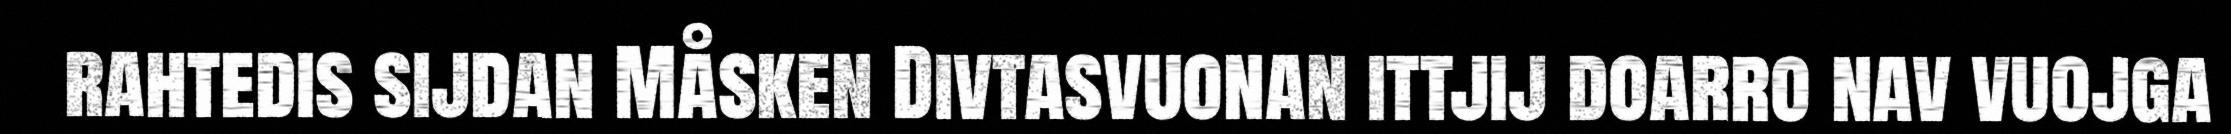
rahtedis sijdan Måsken Divtasvuonan ittjij doarro nav vuojga